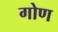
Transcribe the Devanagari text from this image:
गोण